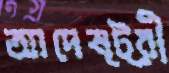
আদেষ্ট্রী